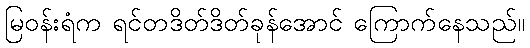
မြဝန်းရံက ရင်တဒိတ်ဒိတ်ခုန်အောင် ကြောက်နေသည်။